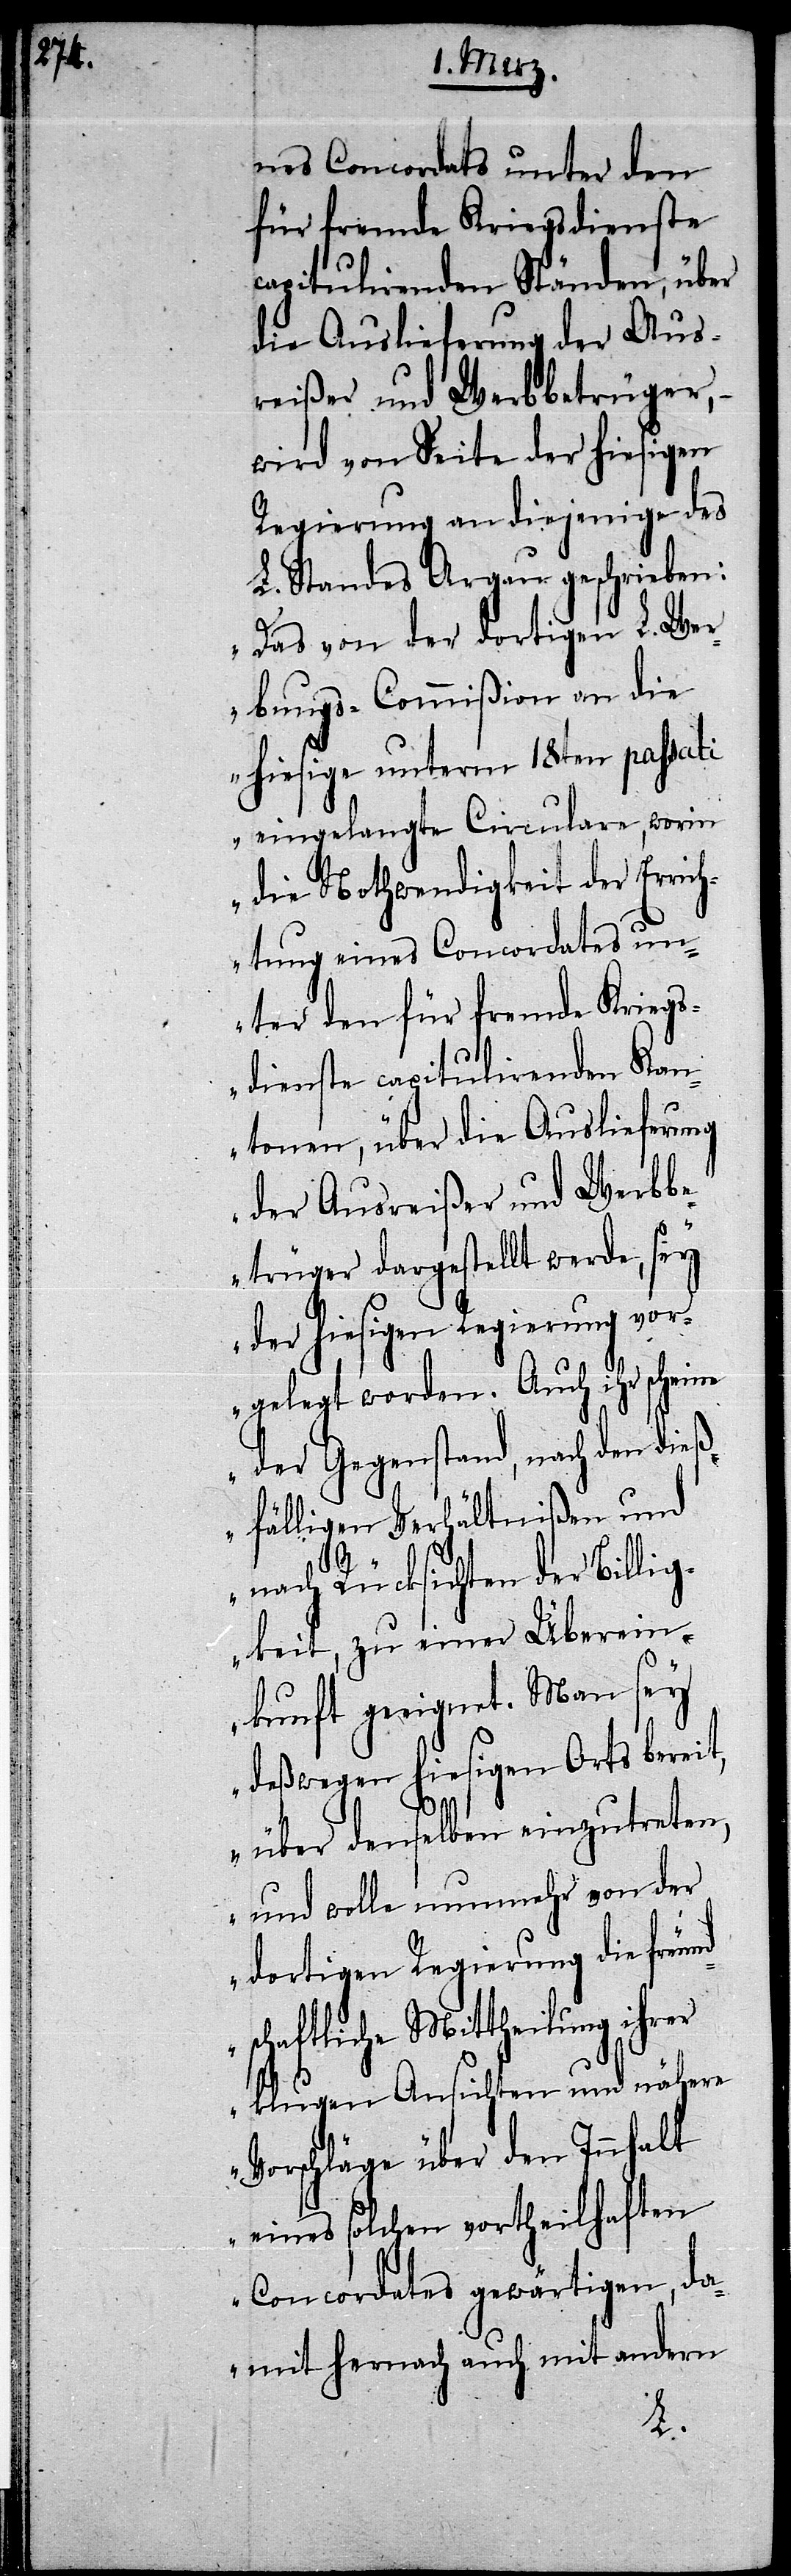
i]nes Concordats unter den
für fremde Kriegsdienste
capitulirenden Ständen, über
die Auslieferung der Aus¬
reißer und Werbbetrüger,
wird von Seite der hiesigen
Regierung an diejenige des
L. Standes Argau geschrieben:
„Das von der dortigen L. Wer¬
bungs-Commißion an die
hiesige unterm 18ten passati
eingelangte Circulare, worin
die Nothwendigkeit der Erric¬
htung eines Concordates un¬
ter den für fremde Kriegs¬
dienste capitulirenden Kan¬
tonen, über die Auslieferung
der Ausreißer und Werbb¬
etrüger dargestellt werde, sey
der hiesigen Regierung vor¬
gelegt worden. Auch ihr scheine
der Gegenstand, nach den dieß¬
fälligen Verhältnißen und
nach Rücksichten der Billig¬
keit, zu einer Überein¬
kunft geeignet. Man sey
deßwegen hiesigen Orts bereit,
über denselben einzutreten,
und wolle nunmehr von der
dortigen Regierung die freun¬
chaftliche Mittheilung ihrer
klugen Ansichten und nähere
Vorschläge über den Inhalt
eines solchen vortheilhaften
Concordates gewärtigen, da¬
mit hernach auch mit andern
ds¬